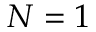
N = 1